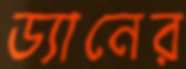
ড্যানের